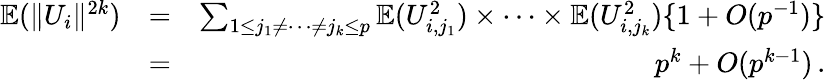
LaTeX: \begin{array}{rlr}{{\mathbb{E}}(\| U_{i}\| ^{2k})}&{=}&{\sum_{1\leq j_{1}\neq\cdots\neq j_{k}\leq p}{\mathbb{E}}(U_{i,j_{1}}^{2})\times\cdots\times{\mathbb{E}}(U_{i,j_{k}}^{2})\{ 1+O(p^{-1})\} }\\ &{=}&{p^{k}+O(p^{k-1})\, .}\end{array}